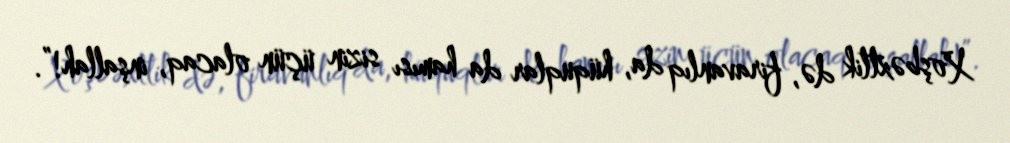
Xoşbəxtlik də, firavanlıq da, hüquqlar da hamısı sizin üçün olacaq, inşallah!”.